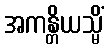
အကန္တိယသ္မိံ